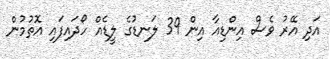
އަދި އޭރު ވެސް އިންޑިއާ އިން 39 ލަނޑުގެ ލީޑެއް ހޯދައިފައި އޮތުމުން